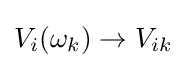
V_{i}(\omega _{k})\rightarrow V_{ik}